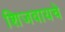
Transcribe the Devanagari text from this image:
शिजवायचे